Indian journal of veterinary science and animal husbandry - Volumes 22-23, 1952-1953
Year: 1952
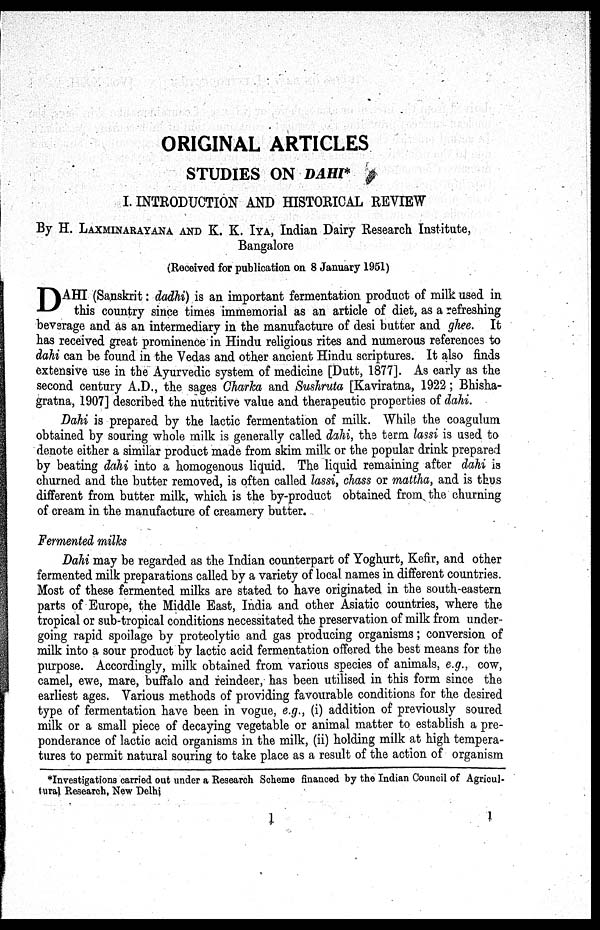
ORIGINAL ARTICLES
STUDIES ON DAHI*
I. INTRODUCTION AND HISTORICAL REVIEW
By H. LAXMINARAYANA AND K. K. IYA, Indian Dairy Research Institute,
Bangalore
(Received for publication on 8 January 1951)
DAHI (Sanskrit: dadhi) is an important fermentation product of milk used in
this country since times immemorial as an article of diet, as a refreshing
beverage and as an intermediary in the manufacture of desi butter and ghee. It
has received great prominence in Hindu religious rites and numerous references to
dahi can be found in the Vedas and other ancient Hindu scriptures. It also finds
extensive use in the Ayurvedic system of medicine [Dutt, 1877]. As early as the
second century A.D., the sages Charka and Sushruta [Kaviratna, 1922 ; Bhisha-
gratna, 1907] described the nutritive value and therapeutic properties of dahi.
Dahi is prepared by the lactic fermentation of milk. While the coagulum
obtained by souring whole milk is generally called dahi, the term lassi is used to
denote either a similar product made from skim milk or the popular drink prepared
by beating dahi into a homogenous liquid. The liquid remaining after dahi is
churned and the butter removed, is often called lassi, chass or mattha, and is thus
different from butter milk, which is the by-product obtained from the churning
of cream in the manufacture of creamery butter.
Fermented milks
Dahi may be regarded as the Indian counterpart of Yoghurt, Kefir, and other
fermented milk preparations called by a variety of local names in different countries.
Most of these fermented milks are stated to have originated in the south-eastern
parts of Europe, the Middle East, India and other Asiatic countries, where the
tropical or sub-tropical conditions necessitated the preservation of milk from under-
going rapid spoilage by proteolytic and gas producing organisms; conversion of
milk into a sour product by lactic acid fermentation offered the best means for the
purpose. Accordingly, milk obtained from various species of animals, e.g., cow,
camel, ewe, mare, buffalo and reindeer, has been utilised in this form since the
earliest ages. Various methods of providing favourable conditions for the desired
type of fermentation have been in vogue, e.g., (i) addition of previously soured
milk or a small piece of decaying vegetable or animal matter to establish a pre-
ponderance of lactic acid organisms in the milk, (ii) holding milk at high tempera-
tures to permit natural souring to take place as a result of the action of organism
*Investigations carried out under a Research Scheme financed by the Indian Council of Agricul-
tural Research, New Delhi
1